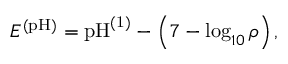
E ^ { \mathrm { ( p H ) } } = \mathrm { p H } ^ { \mathrm { ( 1 ) } } - \left( 7 - \log _ { 1 0 } { \rho } \right) ,